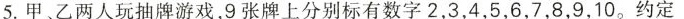
5.甲、乙两人玩抽牌游戏，9张牌上分别标有数字2，3，4，5，6，7，8，9，10。约定